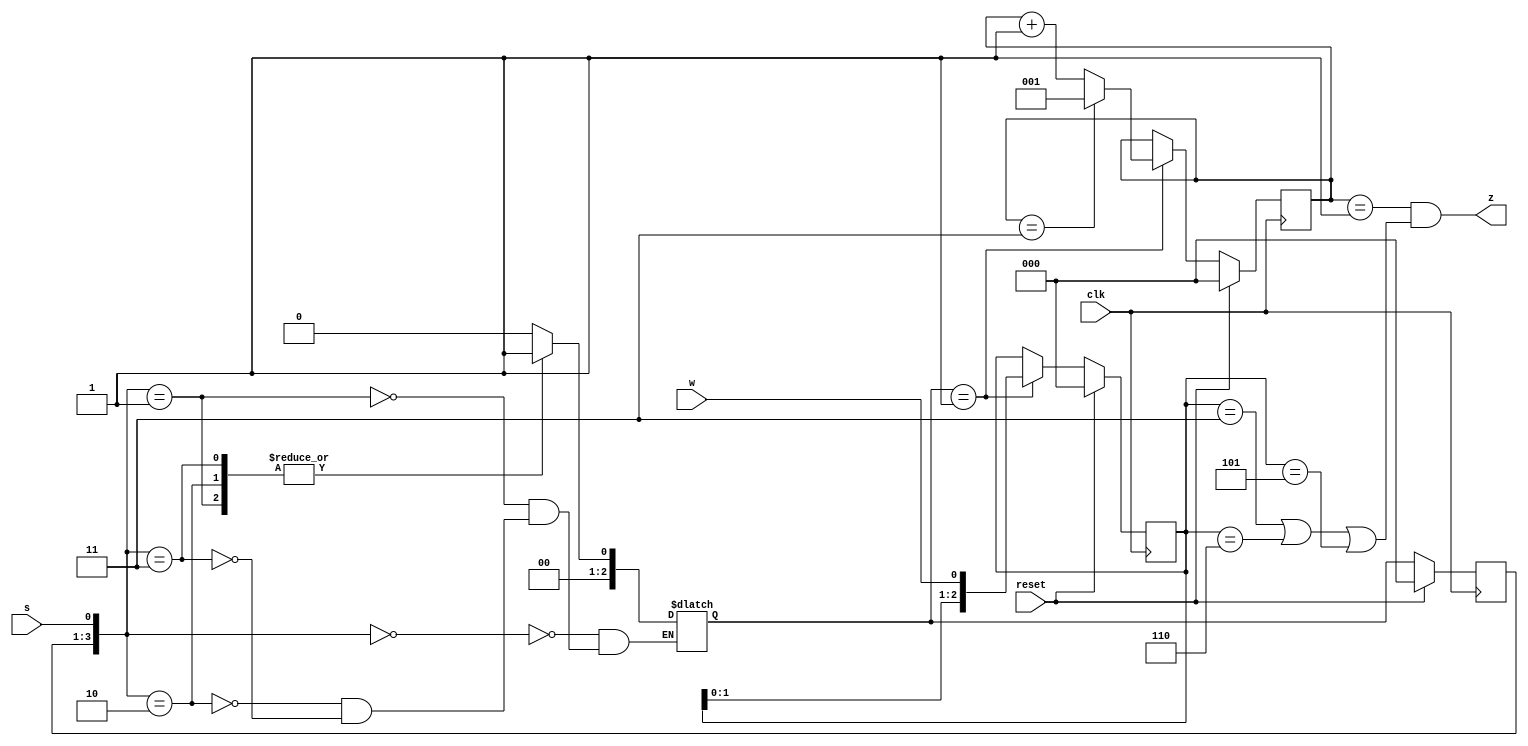
module top_module (
    input clk,
    input reset,   // Synchronous reset
    input s,
    input w,
    output z
);

    parameter A = 0, B = 1;
    reg [2:0] state, next_state;
    reg [2:0] w_new;
    reg [2:0] count;

    always @(*) begin
        case ({state, s})
            // there will be a wrong message, if write like {A, 0}
            {A, 1'b0}: next_state = A;
            {A, 1'b1}: next_state = B;
            {B, 1'b0}: next_state = B;
            {B, 1'b1}: next_state = B;
        endcase
    end

    always @(posedge clk) begin
        if (reset) begin
            state <= A;
        end
        else begin
            state <= next_state;
        end
    end

    always @(posedge clk) begin
        if (reset) begin
            w_new <= 0;
        end
        else if (next_state == B) begin
            w_new <= {w_new[1:0], w};
        end
    end

    always @(posedge clk) begin
        if (reset) begin
            count <= 0;
        end
        else if (next_state == B) begin
            if (count == 3) begin
                count <= 1;
            end
            else begin
                count <= count + 1;
            end
        end
    end

    assign z = (count == 1 && (w_new == 3'b011 || w_new == 3'b110 || w_new == 3'b101));

endmodule